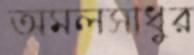
অমলসাধুর